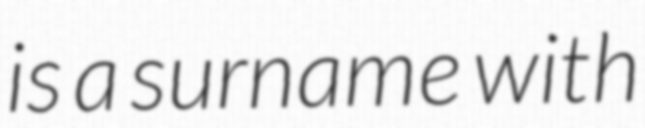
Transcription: is a surname with